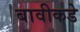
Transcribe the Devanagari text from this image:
बावीकडे